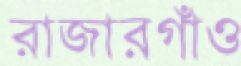
রাজারগাঁও